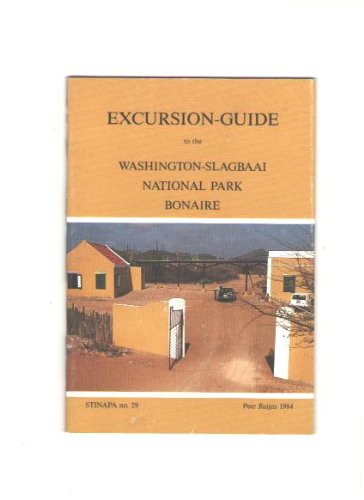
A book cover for Excursion-guide to the Washington-Slagbaai National Park, Bonaire (STINAPA); Peer Reijns; Travel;